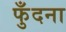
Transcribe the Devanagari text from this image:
फुँदना